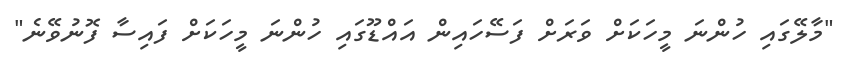
"މާލޭގައި ހުންނަ މީހަކަށް ވަރަށް ފަސޭހައިން އައްޑޫގައި ހުންނަ މީހަކަށް ފައިސާ ފޮނުވޭނެ"